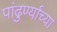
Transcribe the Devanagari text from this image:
पांढुर्ण्याच्या